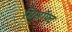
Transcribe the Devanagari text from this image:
ग्रिसॉफ्‍ट